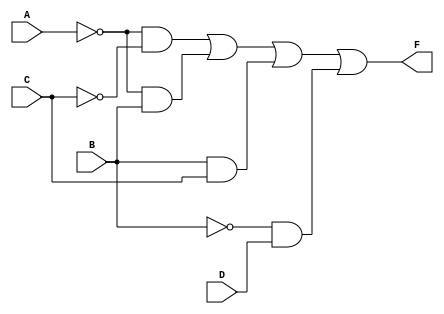
module kmap_4var (
    input wire A, // Input variable A
    input wire B, // Input variable B
    input wire C, // Input variable C
    input wire D, // Input variable D
    output wire F // Output of the combinational logic block
);

// Define the combinational logic using the simplified expression
assign F = (~A & ~C) | (~A & B) | (B & C) | (~B & D);

endmodule